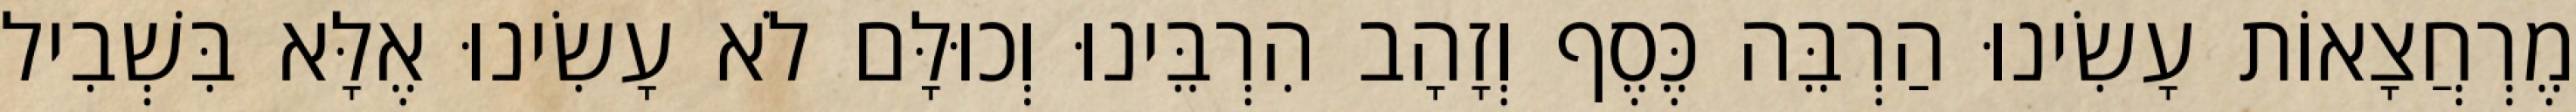
מֶרְחֲצָאוֹת עָשִׂינוּ הַרְבֵּה כֶּסֶף וְזָהָב הִרְבֵּינוּ וְכוּלָּם לֹא עָשִׂינוּ אֶלָּא בִּשְׁבִיל